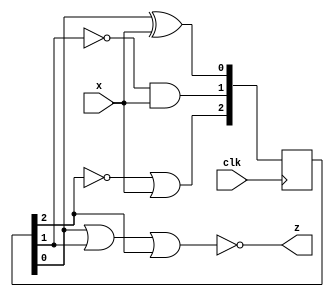
module top_module (
    input clk,
    input x,
    output z
); 
    reg [2:0] q;
    initial q = 3'b0;
    always @(posedge clk) begin
        {q[0], q[1], q[2]} <= {q[0] ^ x, ~q[1] & x, ~q[2] | x};
    end
    assign z = ~(q[0] | q[1] | q[2]);
endmodule